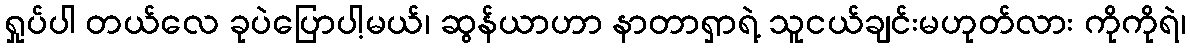
ရှုပ်ပါ တယ်လေ ခုပဲပြောပါ့မယ်၊ ဆွန်ယာဟာ နာတာရှာရဲ့ သူငယ်ချင်းမဟုတ်လား ကိုကိုရဲ၊